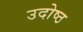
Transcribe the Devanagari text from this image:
उदोष्ठ